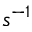
s ^ { - 1 }